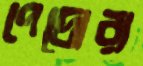
পেদ্রোরা